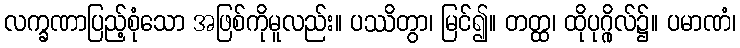
လက္ခဏာပြည့်စုံသော အဖြစ်ကိုမူလည်း။ ပဿိတွာ၊ မြင်၍။ တတ္ထ၊ ထိုပုဂ္ဂိုလ်၌။ ပမာဏံ၊